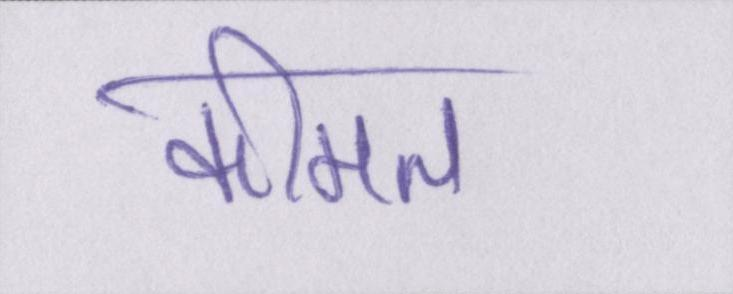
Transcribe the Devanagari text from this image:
कीमत